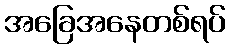
အခြေအနေတစ်ရပ်